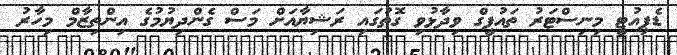
ޑެޕިއުޓީ މިނިސްޓަރު ތައުފީގް ވިދާޅުވި ގޮތުގައި ރަޝިޔާއަށް މަސް ގެންދިޔުމުގެ އިންތިޒާމް މިހާރު